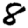
Digit: 8